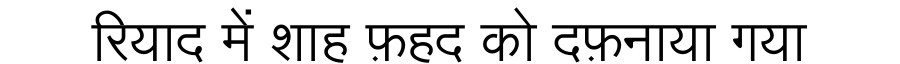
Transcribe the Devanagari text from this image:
रियाद में शाह फ़हद को दफ़नाया गया